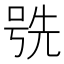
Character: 𫪕